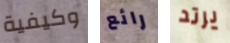
وكيفية رائع يرتد